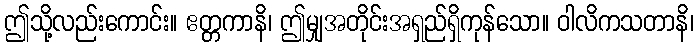
ဤသို့လည်းကောင်း။ ဧတ္တကာနိ၊ ဤမျှအတိုင်းအရှည်ရှိကုန်သော။ ဝါလိကသတာနိ၊